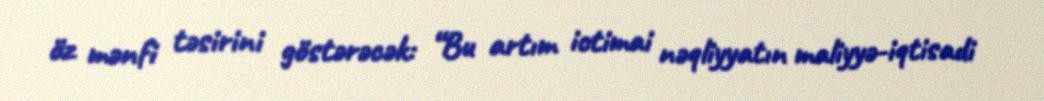
öz mənfi təsirini göstərəcək: “Bu artım ictimai nəqliyyatın maliyyə-iqtisadi